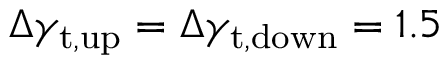
\Delta \gamma _ { \mathrm { t , u p } } = \Delta \gamma _ { \mathrm { t , d o w n } } = 1 . 5